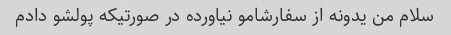
سلام من یدونه از سفارشامو نیاورده در صورتیکه پولشو دادم